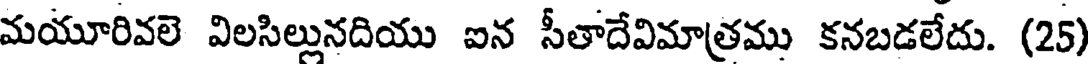
మయూరివలె విలసిల్లునదియు ఐన సీతాదేవిమాత్రము కనబడలేదు. (25)